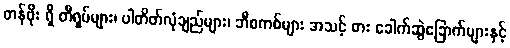
တန်ဖိုး ရှိ တီရှပ်များ၊ ပါတိတ်လုံချည်များ၊ ဘီစကစ်များ အသင့် စား ခေါက်ဆွဲခြောက်များနှင့်